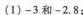
(1)-3和-2.8；